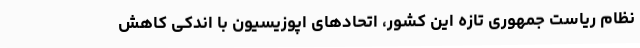
نظام ریاست جمهوری تازه این کشور، اتحادهای اپوزیسیون با اندکی کاهش